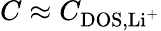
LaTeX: C\approx C_{\mathrm{DOS},\mathrm{Li^{+}}}